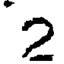
2